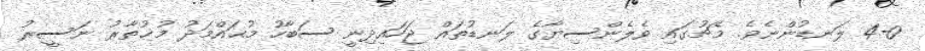
4-0 ލަނޑުންނެވެ. މެޗުގައި ވެލެންސިޔާގެ ލަނޑުތައް ޖަހައިދިނީ ސަބާހު މުޙައްމަދު މުޚުތާރު ނަސީރު